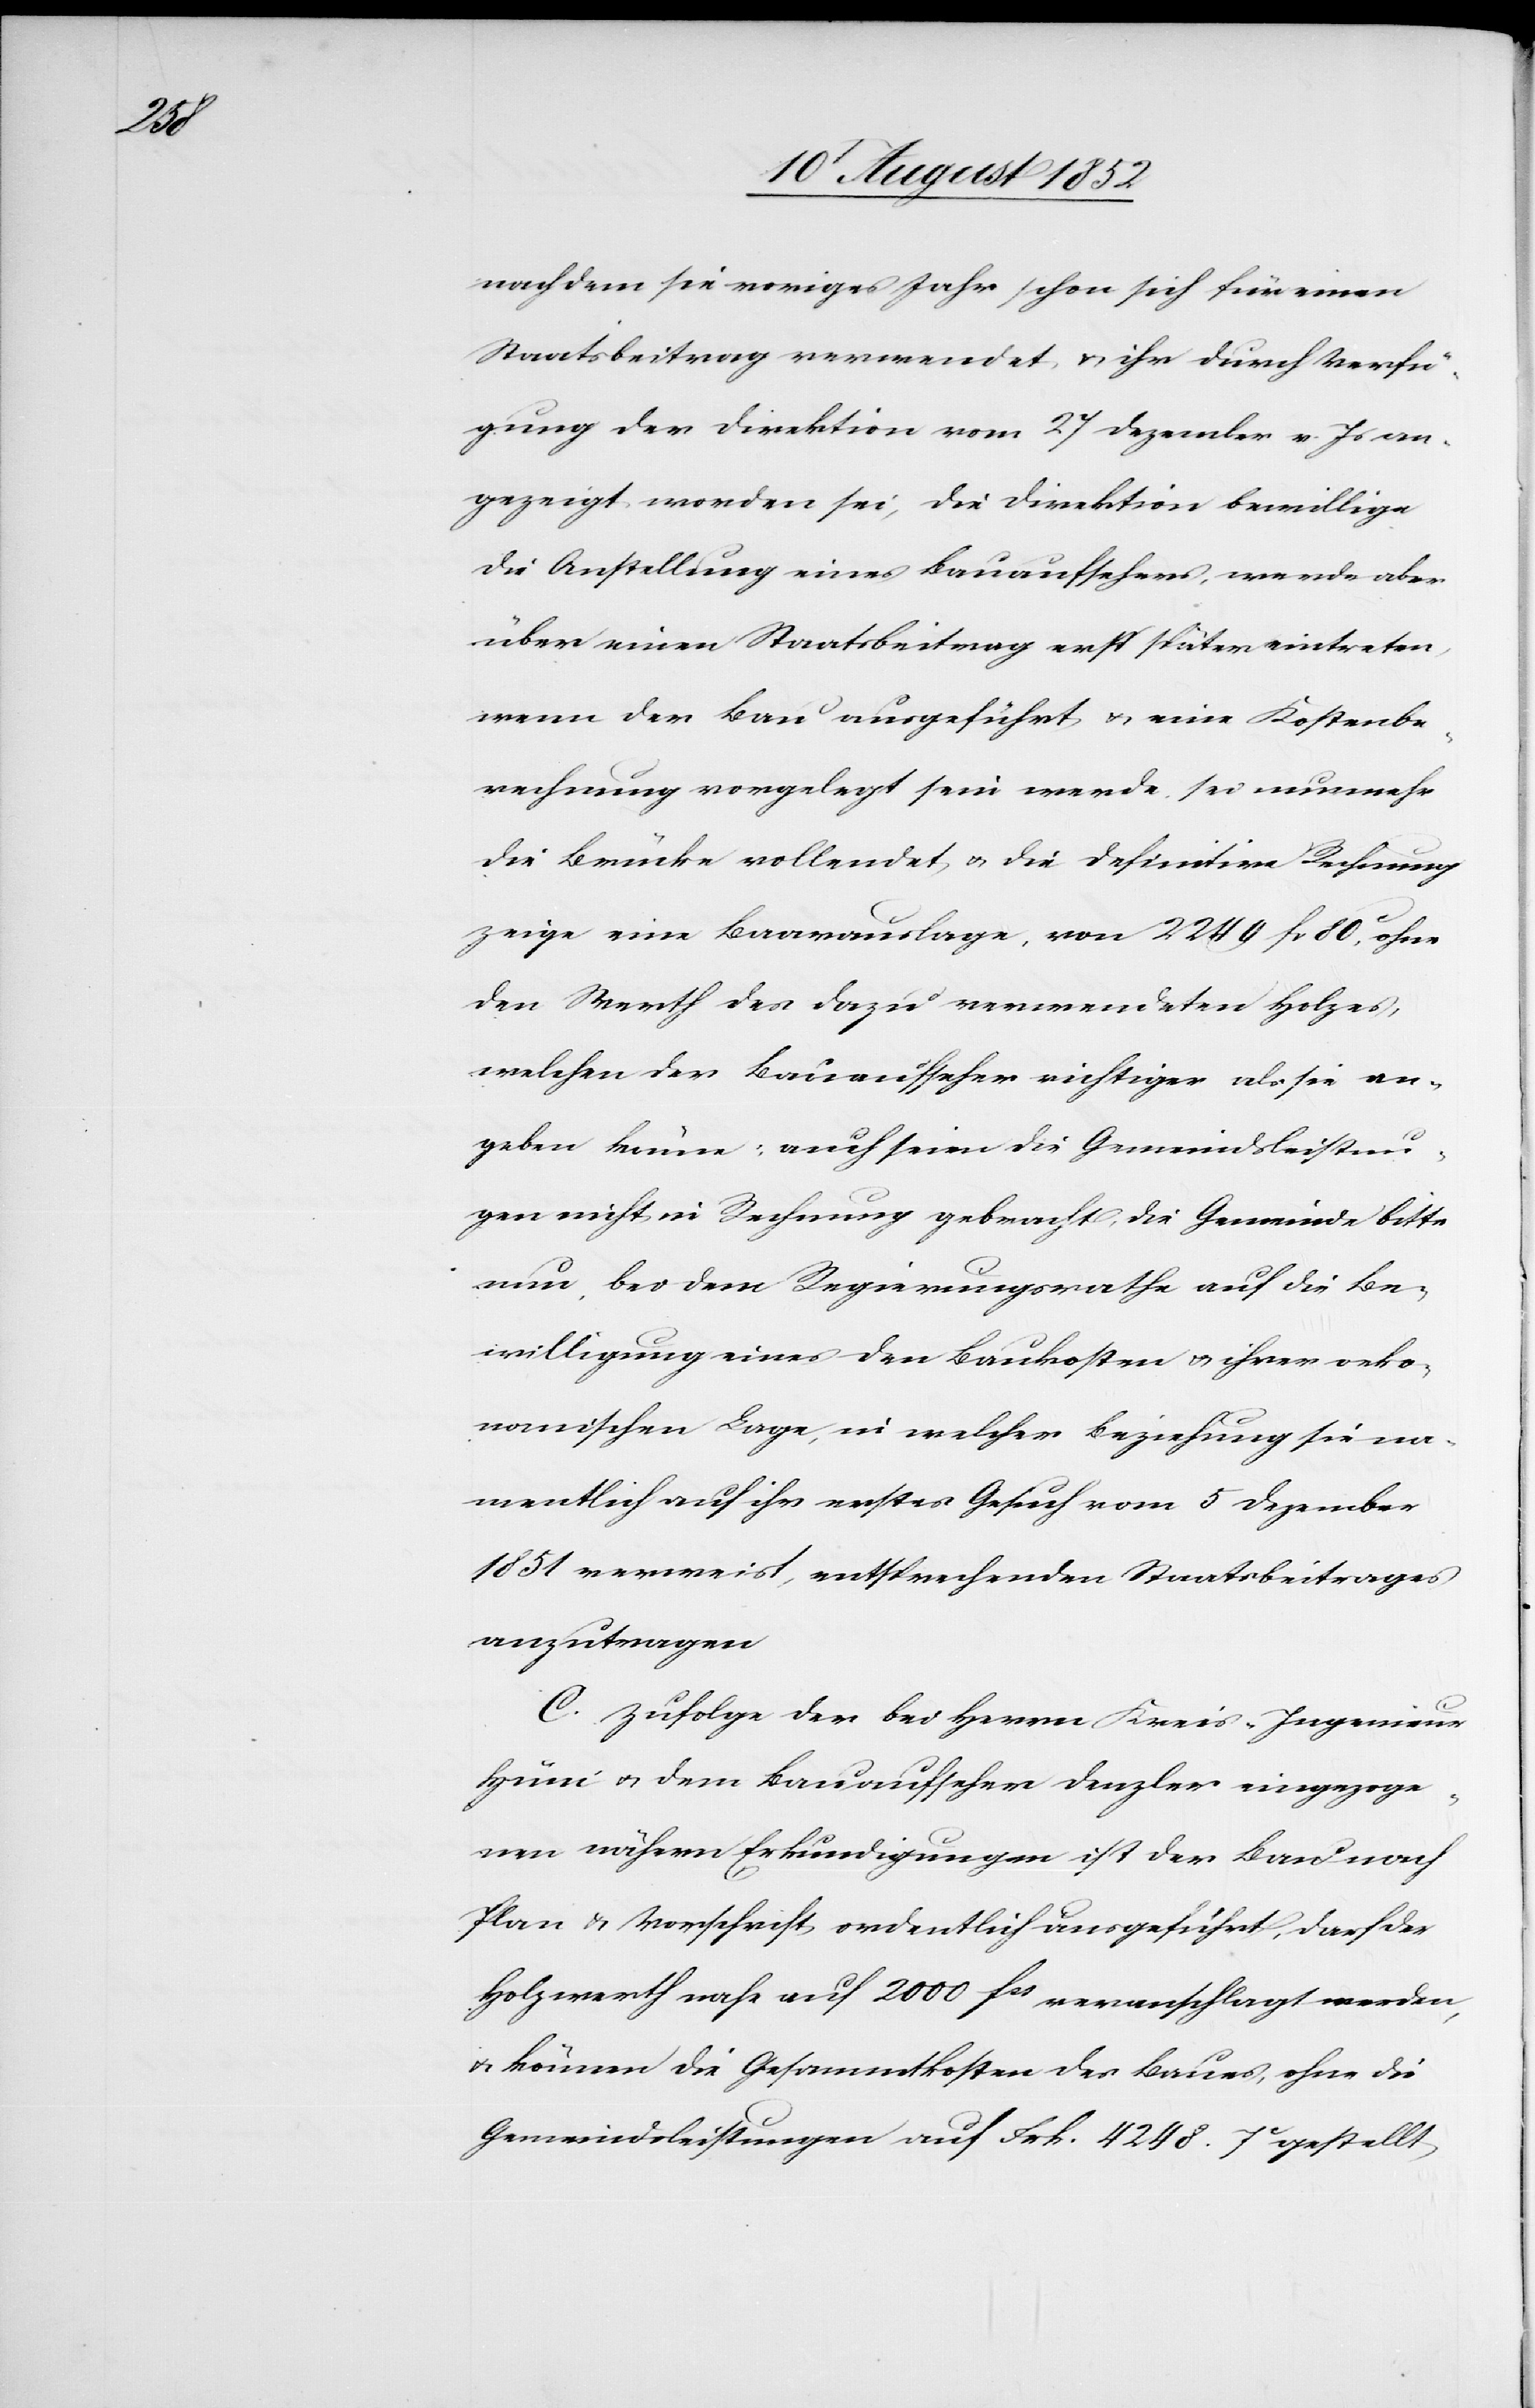
nachdem sie voriges Jahr schon sich für einen
Staatsbeitrag verwendet, & ihr durch Verfü¬
gung der Direktion vom 27 Dezember v. Js an¬
gezeigt worden sei, die Direktion bewillige
die Anstellung eines Bauaufsehers, werde aber
über einen Staatsbeitrag erst später eintreten,
wenn der Bau ausgeführt & eine Kostenbe¬
rechnung vorgelegt sein werde, sei nunmehr
die Brücke vollendet & die definitive Rechnung
zeige eine Baarauslage, von 2249 fr 80c, ohne
den Werth des dazu verwendeten Holzes,
welchen der Bauaufseher richtiger als sie an¬
geben könne; auch seien die Gemeindsleistun¬
gen nicht in Rechnung gebracht, die Gemeinde bitte
nun, bei dem Regierungsrathe auf die Be¬
willigung eines den Baukosten & ihrer oeko¬
nomischen Lage, in welcher Beziehung sie na¬
mentlich auf ihr erstes Gesuch vom 5 Dezember
1851 verweist, entsprechenden Staatsbeitrages
anzutragen
C. Zufolge der bei Herrn Kreis-Ingenieur
Hüni & dem Bauaufseher Denzler eingezoge¬
nen nähern Erkundigungen ist der Bau nach
Plan & Vorschrift ordentlich ausgeführt, darf der
Holzwerth nahe auf 2000 fcs veranschlagt werden,
& können die Gesammtkosten des Baues, ohne die
Gemeindsleistungen auf Frk. 4248. 7c gestellt